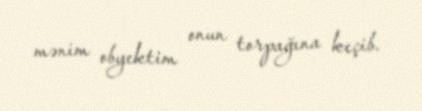
mənim obyektim onun torpağına keçib.